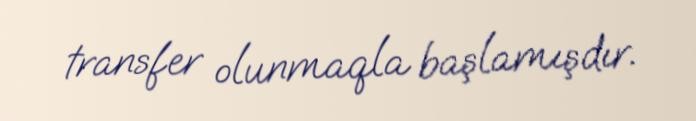
transfer olunmaqla başlamışdır.